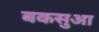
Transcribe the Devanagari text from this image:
बकसुआ